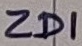
Text: ZD1